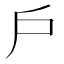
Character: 戶